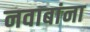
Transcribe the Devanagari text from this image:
नवाबांना